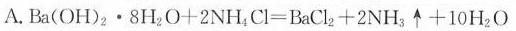
A.$$B a ( O H ) _ { 2 } \cdot 8 H _ { 2 } O + 2 N H _ { 4 } C l = B a C l _ { 2 } + 2 N H _ { 3 } \uparrow + 1 0 H _ { 2 } O$$